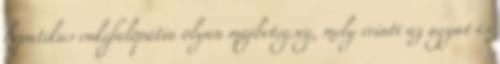
hepatikus enkefalopátia olyan májbetegség, mely érinti az agyat és